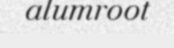
alumroot